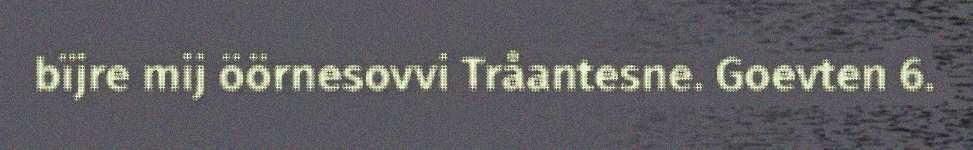
bïjre mij öörnesovvi Tråantesne. Goevten 6.